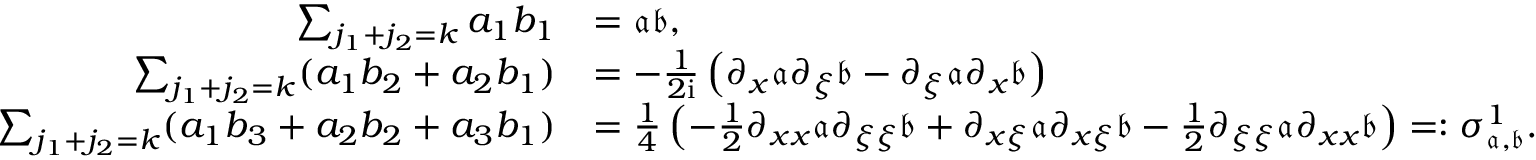
\begin{array} { r l } { \sum _ { j _ { 1 } + j _ { 2 } = k } a _ { 1 } b _ { 1 } } & { = \mathfrak { a } \mathfrak { b } , } \\ { \sum _ { j _ { 1 } + j _ { 2 } = k } ( a _ { 1 } b _ { 2 } + a _ { 2 } b _ { 1 } ) } & { = - \frac { 1 } { 2 \mathrm { i } } \left( \partial _ { x } \mathfrak { a } \partial _ { \xi } \mathfrak { b } - \partial _ { \xi } \mathfrak { a } \partial _ { x } \mathfrak { b } \right) } \\ { \sum _ { j _ { 1 } + j _ { 2 } = k } ( a _ { 1 } b _ { 3 } + a _ { 2 } b _ { 2 } + a _ { 3 } b _ { 1 } ) } & { = \frac { 1 } { 4 } \left( - \frac { 1 } { 2 } \partial _ { x x } \mathfrak { a } \partial _ { \xi \xi } \mathfrak { b } + \partial _ { x \xi } \mathfrak { a } \partial _ { x \xi } \mathfrak { b } - \frac { 1 } { 2 } \partial _ { \xi \xi } \mathfrak { a } \partial _ { x x } \mathfrak { b } \right) = : \sigma _ { \mathfrak { a } , \mathfrak { b } } ^ { 1 } . } \end{array}